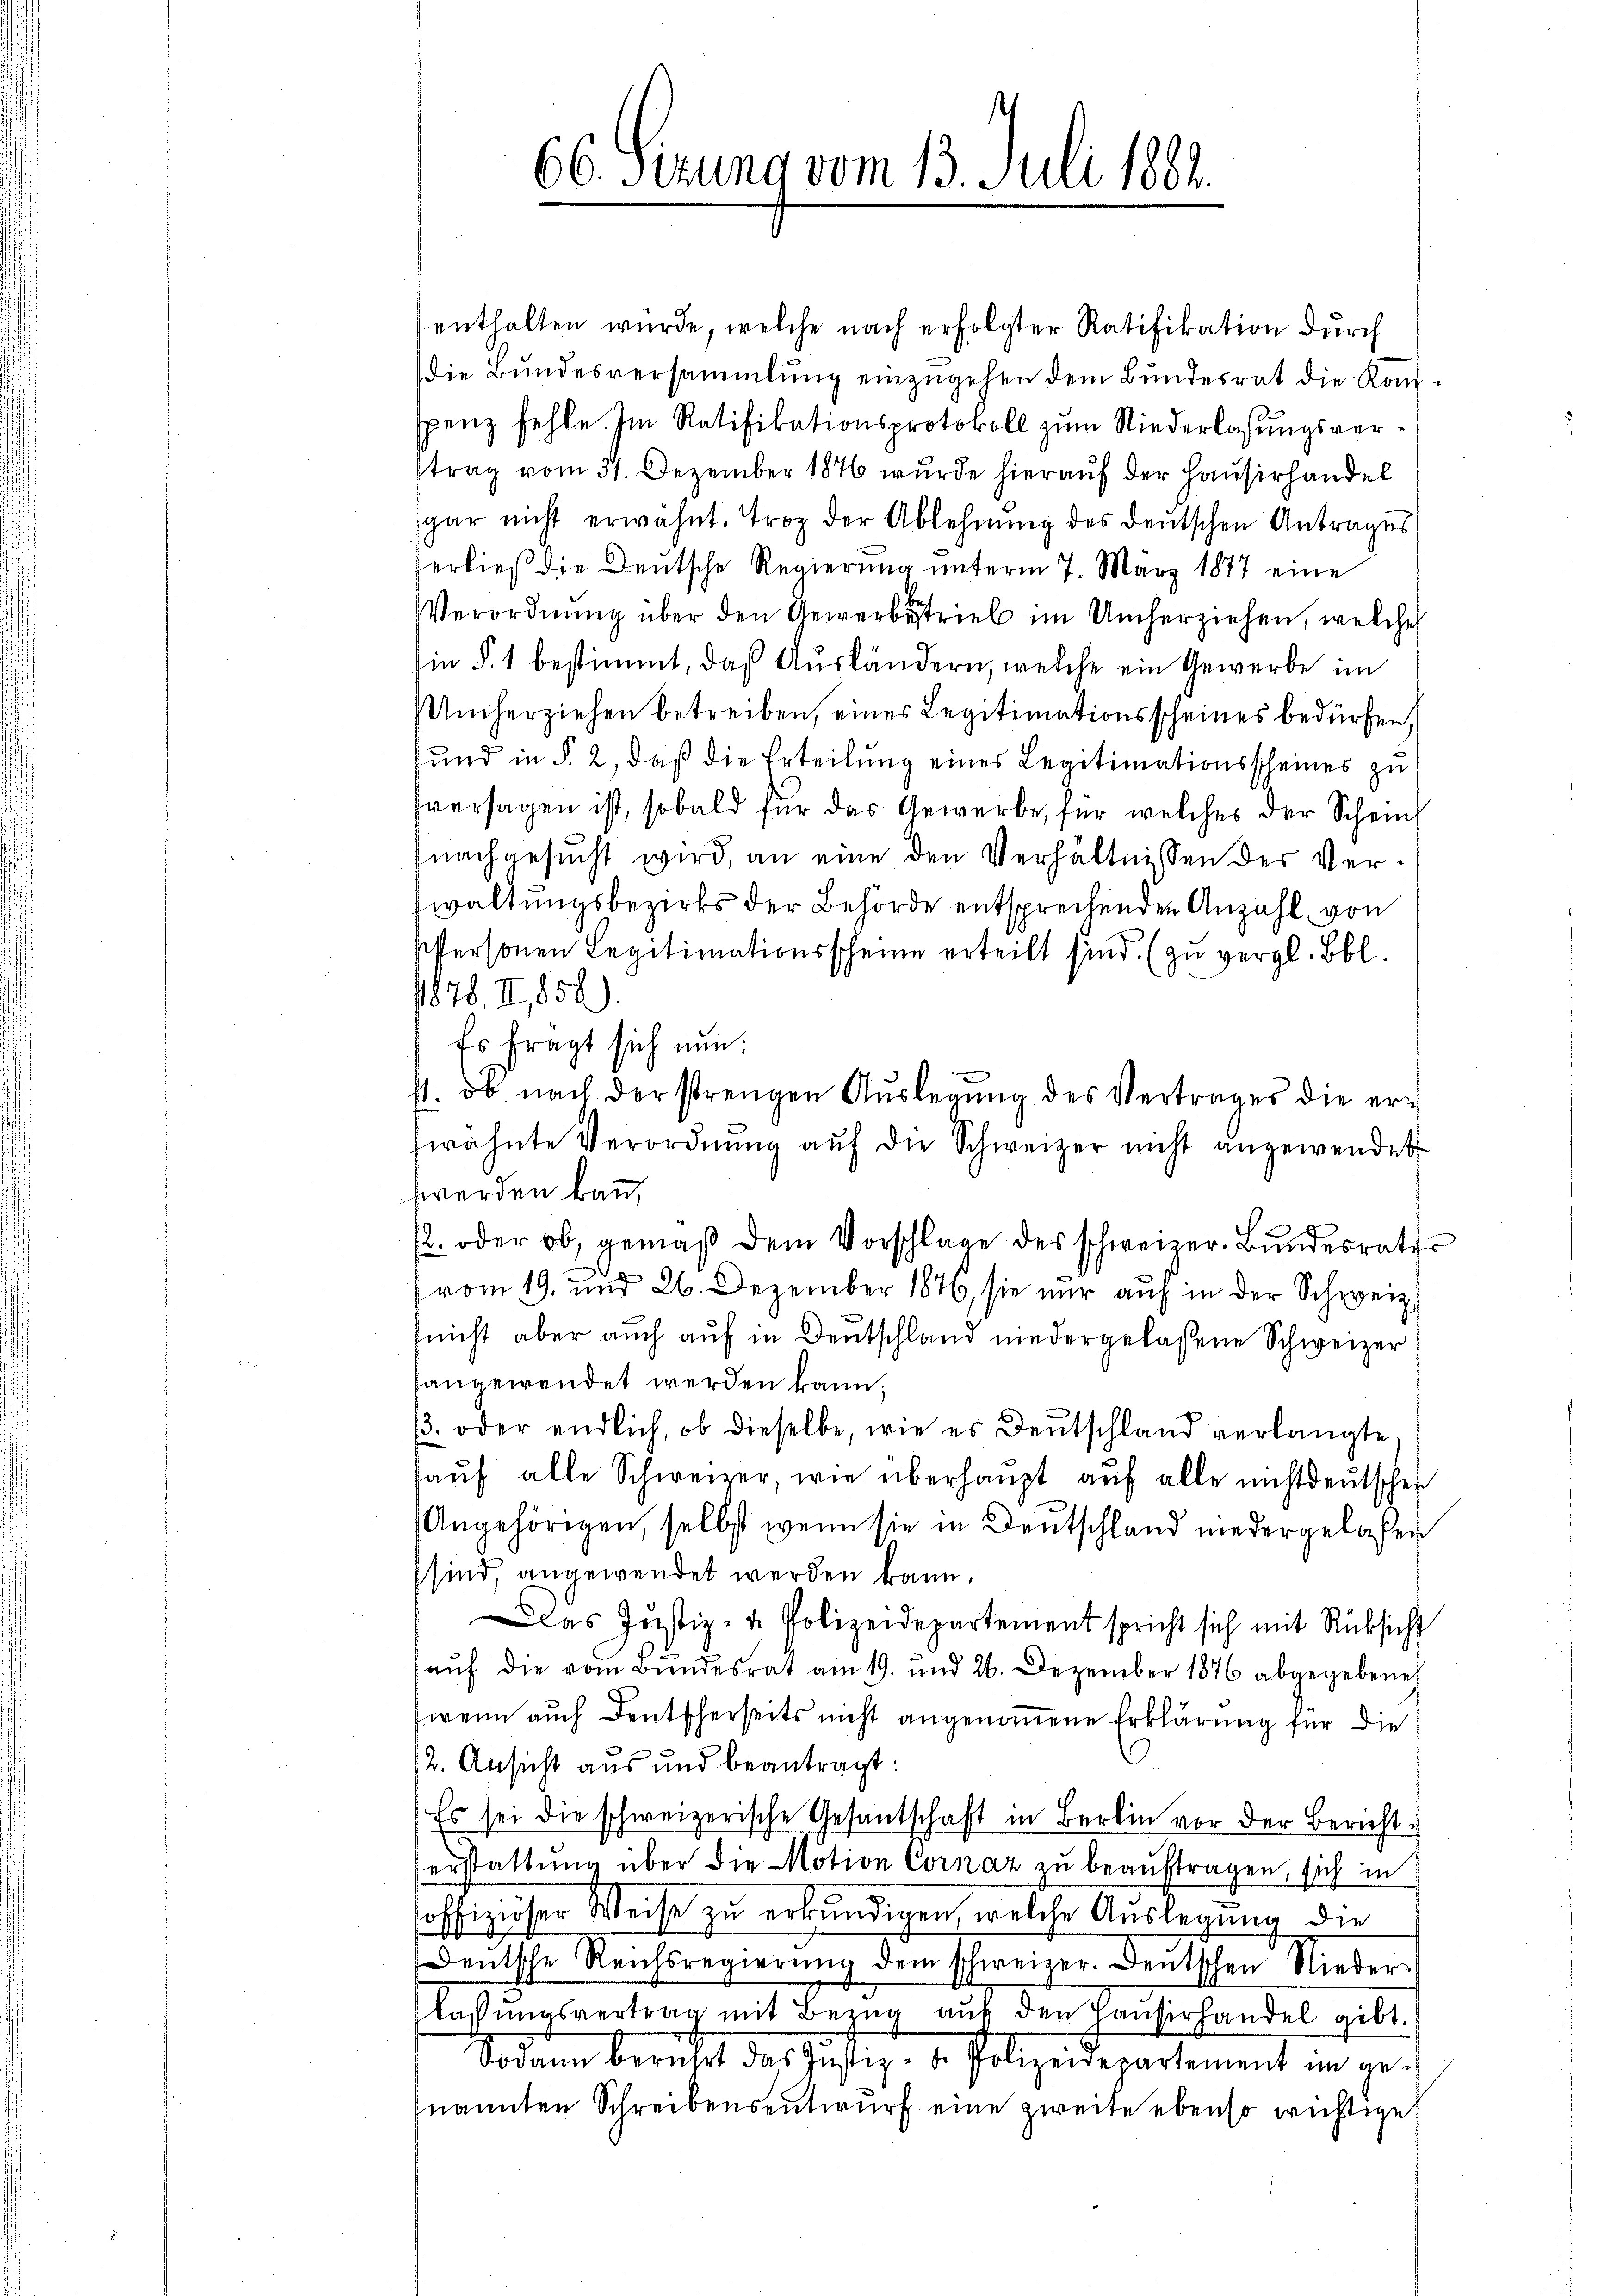
66. Sizung vom 13. Juli 1884.

enthalten wurde, welche nach erfolgter Ratifikation durch
Die Bundesversammlung einzŭgehen dem Bundesrat die Kon-
spanz fehle. Im Ratifikationsprotokoll zum Niederlassungsvertrag vom 31. Dezember 1846 wurde hierauf der Hausirhandel
sgar nicht erwähnt. Troz der Ablehnung des deutschen Antrages
ferließ die Deutsche Regierŭng ŭnterm 7. März 1877 eine
Verordnung über den Gewerbetrieb im Umherziehen, welches
in §. 1 bestimmt, daß Ausländern, welche ein Gewerbe im
Umherziehen betreiben, eines Legitimationsscheines bedürfen,
und in § 2, daß die Erteilung eines Legitimationsscheines zu
sversagen ist, sobald für das Gewerbe, für welches der Scheinnachgesucht wird, an eine den Verhältnissen des Verwaltungsbezirks der Behörde entsprechenden Anzahl von
Personen Legitimationsscheine erteilt sind. (zu vergl. Bbl.
1878. II,858).
Es fragt sich nun:
s. ob nach der strengen Aŭslegŭng des Vertrages die er-
fwähnte Verordnŭng aŭf die Schweizer nicht angewendet
wwerden kann,
2. oder ob, gemäβ dem Vorschlage des schweizer. Bŭndesraths
vom 19. und 26. Dezember 1876, sie nur auf in der Schweiz.
nicht aber auch auf in Deutschland niedergelassene Schweizer
angewendet werden kann.
. oder endlich, ob dieselbe, wie es Deutschland verlangte
haŭf alle Schweizer, wie überhaŭpt aŭf alle nichtdeŭtschen
Angehörigen, selbst wenn sie in Deutschland niedergelassen
sind, angewendet werden kann.
das Justiz- & Polizeidepartement spricht sich mit Rücksicht
aŭf die vom Bundesrat am 19. und 26. Dezember 1876 abgegebenes
wenn auch Deutscherseits nicht angenommene Erklärung für die
12. Ansicht aus und beantragt:
Es sei die schweizerische Gesantschaft in Berlin vor der Bericht:
erstattung über die Motion Cornaz zu beauftragen, sich in
soffiziöser Weise zu erkundigen, welche Auslegung die
Deutsche Reichsregierŭng dem schweizer. Deutschen Nieder-
lassŭngsvertrag mit Bezŭg aŭf den Haŭsirhandel gibt.
Sodann bericht das Justiz- u. Polizeidepartement in genannten Schreibensentwurf eine zweite ebenso wichtige